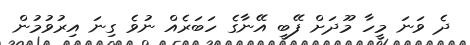
ދެ ވަނަ މީހާ މޫދަށް ފޭބީ އޭނާގެ ހަބަރެއް ނުވެ ގިނަ އިރުވުމުން